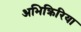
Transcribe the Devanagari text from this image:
अभिक्रिरिया